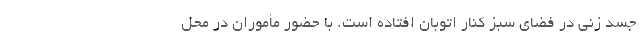
جسد زنی در فضای سبز کنار اتوبان افتاده است. با حضور مأموران در محل